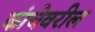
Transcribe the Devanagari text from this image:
कांचेवरील